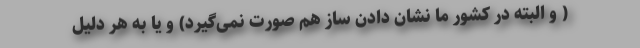
( و البته در کشور ما نشان دادن ساز هم صورت نمی‌گیرد) و یا به هر دلیل